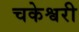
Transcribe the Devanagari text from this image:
चकेश्वरी